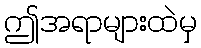
ဤအရာများထဲမှ